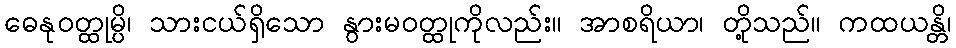
ဓေနုဝတ္ထုမ္ပိ၊ သားငယ်ရှိသော နွားမဝတ္ထုကိုလည်း။ အာစရိယာ၊ တို့သည်။ ကထယန္တိ၊